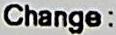
CHANGE :